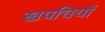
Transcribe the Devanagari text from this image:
खपचियों